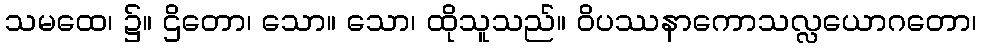
သမထေ၊ ၌။ ဌိတော၊ သော။ သော၊ ထိုသူသည်။ ဝိပဿနာကောသလ္လယောဂတော၊